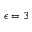
\epsilon = 3